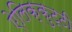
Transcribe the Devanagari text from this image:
ऐलिक्कुट्टी